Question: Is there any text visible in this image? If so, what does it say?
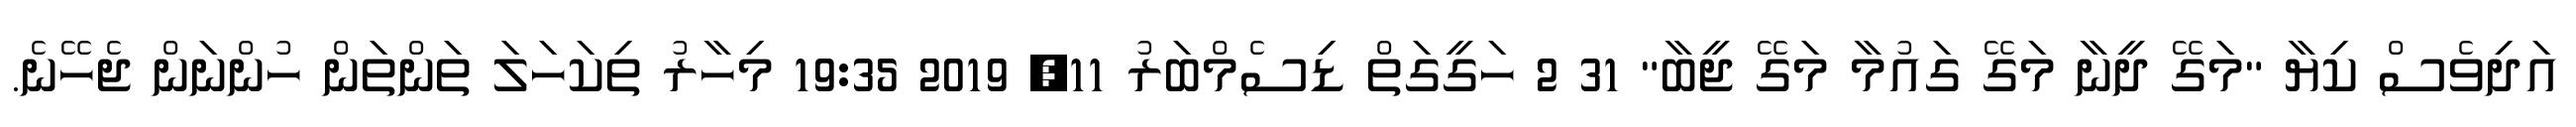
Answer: އަދިވެސް ކިޔާ "މަގޭ ދީނާ މަގޭ ގައުމާ މަގޭ ޖީބާ" 31 2 ހަގީގަތް ޑިސެމްބަރު 11, 2019 19:35 މިހާރު ތިކަހަލަ ތަންތަން ހުންނަން ޖެހޭނެ.